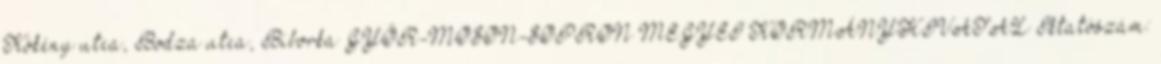
Kökény utca, Bodza utca, Bíborka GYŐR-MOSON-SOPRON MEGYEI KORMÁNYHIVATAL Iktatószám: